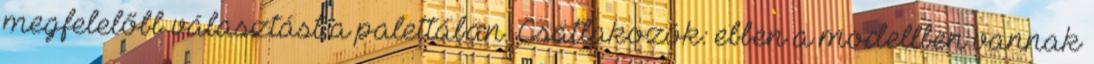
megfelelőbb választást a palettában. Csatlakozók: ebben a modellben vannak